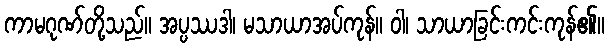
ကာမဂုဏ်တို့သည်။ အပ္ပဿဒါ၊ မသာယာအပ်ကုန်။ ဝါ၊ သာယာခြင်းကင်းကုန်၏။